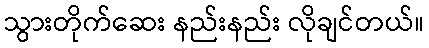
သွားတိုက်ဆေး နည်းနည်း လိုချင်တယ်။